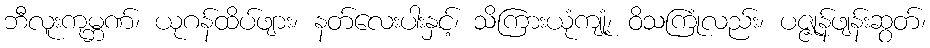
ဘီလူးကုမ္ဘဏ်၊ ယုဂန်ထိပ်ဖျား၊ နတ်လေးပါးနှင့်၊ သိကြားယုံကျုံ့၊ ဝိသကြုံလည်း၊ ပဇ္ဇုန်ဖျန်းဆွတ်၊